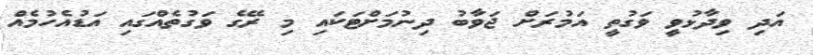
އަދި ވިދާޅުވީ ވަގުތީ އަމުރަށް ޖަވާބު ދިނުމަށްޓަކައި މި ރޭގެ ވަގުތެއްގައި އަޑުއެހުމެއް